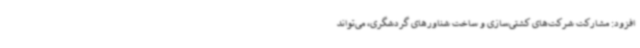
افزود: مشارکت شرکت‌های کشتی‌سازی و ساخت شناورهای گردشگری، می‌تواند